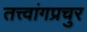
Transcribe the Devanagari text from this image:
तत्त्वांगप्रचुर